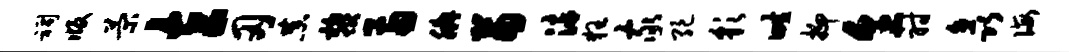
祠版菊玄刃恭黎两腆苗染狂家绝彩畦抑烹射矗诲